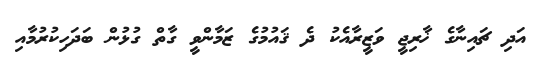
އަދި ޗައިނާގެ ޚާރިޖީ ވަޒީރާއެކު ދެ ޤައުމުގެ ޒަމާންވީ ގާތް ގުޅުން ބަދަހިކުރުމާއި